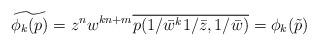
LaTeX: \begin{align*}\widetilde{\phi_k(p)} = z^{n} w^{kn+m} \overline{p(1/\bar{w}^k1/\bar{z}, 1/\bar{w})} = \phi_k(\tilde{p})\end{align*}